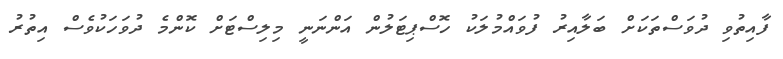
ފާއިތުވި ދުވަސްތަކަށް ބަލާއިރު ފުވައްމުލަކު ހޮސްޕިޓަލުން އަންނަނީ މިލިސްޓަށް ކޮންމެ ދުވަހަކުވެސް އިތުރު